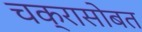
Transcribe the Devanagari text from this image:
चक्रासोबत